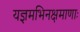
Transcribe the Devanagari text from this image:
यज्ञमभिनक्षमाणाः